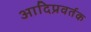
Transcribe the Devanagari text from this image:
आदिप्रवर्तक